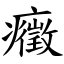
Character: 癥